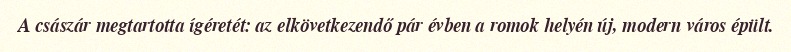
A császár megtartotta ígéretét: az elkövetkezendő pár évben a romok helyén új, modern város épült.